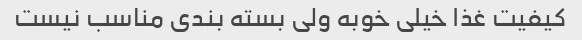
کیفیت غذا خیلی خوبه ولی بسته بندی مناسب نیست